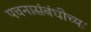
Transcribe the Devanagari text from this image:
पचनासंबंधीच्या